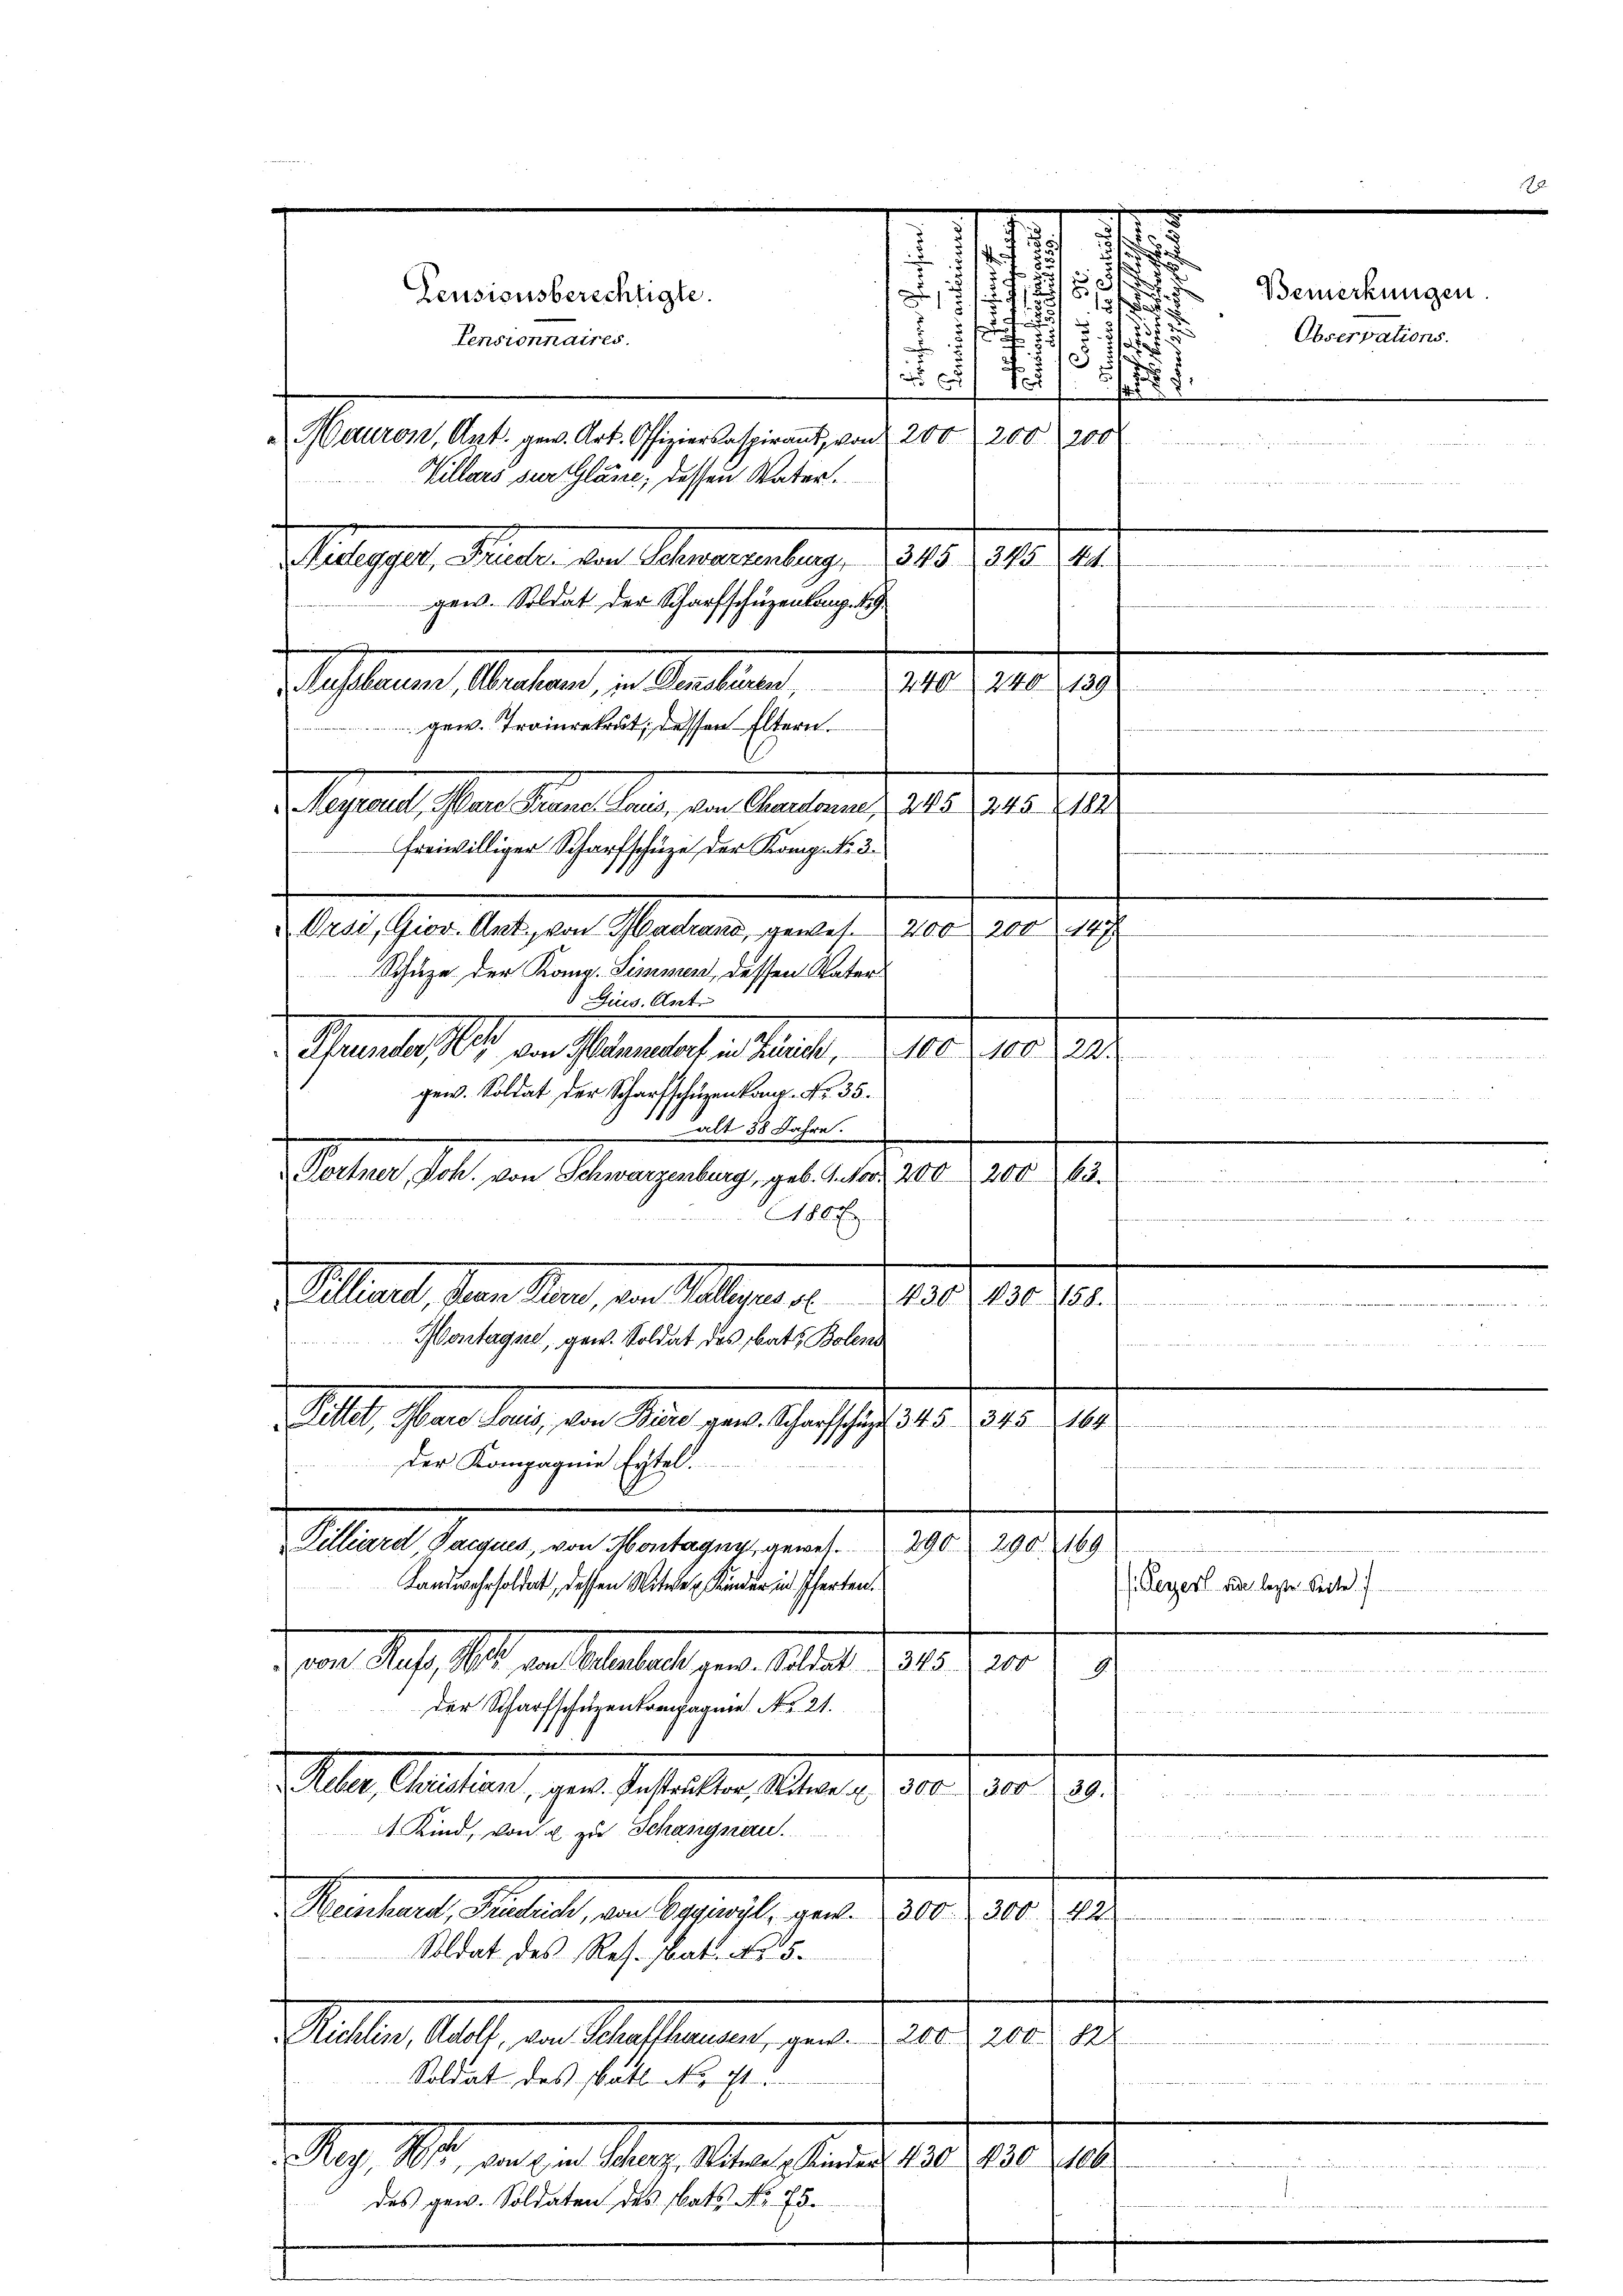
Feusionsberechtigte.
Meuron, Art. gew. Art. Offiziersaspirant, von 200, 200, 200
Villars ser Gläse, dessen Vater.

Stappel. Heute, der Obereuenburg, 1810. 140. 41.
ger. Soldat der Scharfschüzenkamp.
aflauen Anstand, an Sentiren,
gew. Troinrekrut, dessen Eltern.
Telegentlichen Kanal dar, den Karten, als der
freiwilliger Scharfschüze, der Komp. No. 3.

.
 . .

E
2

E
240240, 139.
 Orsi, Gior. Art, von Hardrano, gewese 200 200 147.
Schutze der Komp. Simmen, dessen Vater
 Jius. Antr
Thunter, 10 den Petenbach in kannte, 100. 100 zur
gew. Soldat der Scharfschüzenkamp Nr. 35.
n
1 alt 58 Jahre.
.
Porher Joh. von Schwarzenberg, geb. Inter 200, 200. 63.
180 f
laert, den Merz, an Gelegen
430. 430 158.
Montagste, gew. Soldat des bat Bolend
 18 t
.
 Mlle. Gener dens, den Man gern Geschaft 150. 304. 21.
der Kompagnie Eitel.
290. 290. 169.
Tilliard Jacques, von Montagny, gewes
Landwehrsoldert, dessen Mitere Kinder in Pferten.
345. 1200
Dem Kraft hat der bestalt geb. 1814.
Anme
der Scharfschuzenkompagnie No. 21.
d in einem
Alle Ausland, von Gestalten Marich, wird der d. 29.
4 Kind, von u. zu Schangnau.
u
Reinhart, Rubrich, von Begrist, gent. 2300. 300. 222.
Soldat des Res. bat. No. 5.
n
ichlin, Adolf, von Schaffhausen, gew. 200. 200
Soldat des Watt No. ist
 Mag. 11, aus der Stern Altern und 100 rtl.
das gew. Soldaten des Rats No. 75.

Pensionnaires.

.

2

s

1
s
Bemerkungen.
2
Observations.
.
.

t

Peyerl. Die legte. Seite.